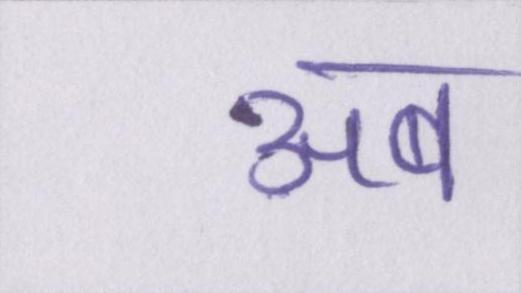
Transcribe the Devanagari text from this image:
अब